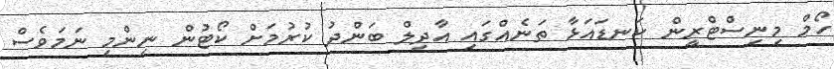
ހޯމް މިނިސްޓްރީން ކަނޑައަޅާ ތަނެއްގައި އާދިލް ބަންދު ކުރުމަށް ކޯޓުން ނިންމި ނަމަވެސް